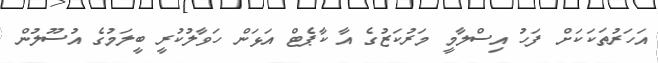
އަހަރުތަކަކަށް ފަހު އިސްލާމީ މަރުކަޒުގެ އާ ކާޕެޓް އަޅަން ހަވާލުކުރީ ބީލަމުގެ އުސޫލުން